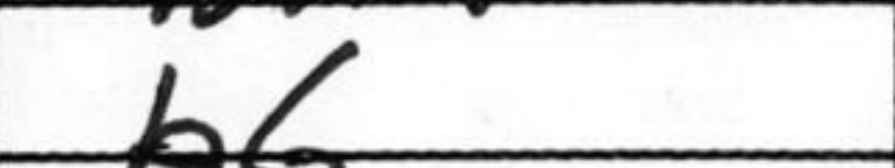
Transcription: b6